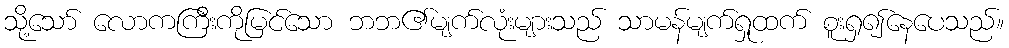
သို့သော် လောကကြီးကိုမြင်သော ဘဘ၏မျက်လုံးများသည် သာမန်မျက်ရှုထက် စူးရှ၍နေပေသည်။